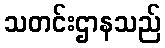
သတင်းဌာနသည်